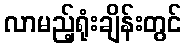
လာမည့်ရုံးချိန်းတွင်